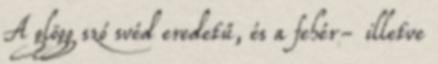
A glögg szó svéd eredetű, és a fehér- illetve